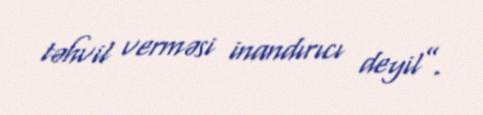
təhvil verməsi inandırıcı deyil”.